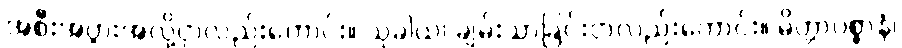
အစီးအပွားအလို့ငှာလည်းကောင်း။ သုခါယ၊ ချမ်းသာခြင်းငှာလည်းကောင်း။ မိတ္တာပစ္စာနံ၊